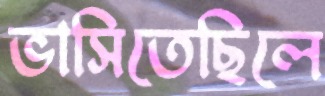
ভাসিতেছিলে